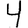
Digit: 4